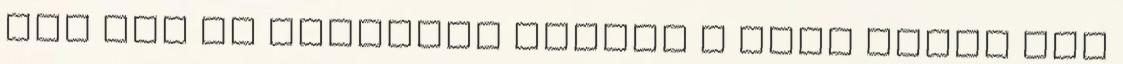
így azt az olvasóra bízzuk a róla szóló két